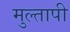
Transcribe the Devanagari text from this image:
मुल्तापी